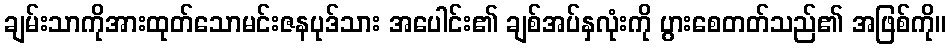
ချမ်းသာကိုအားထုတ်သောမင်းဇနပုဒ်သား အပေါင်း၏ ချစ်အပ်နှလုံးကို ပွားစေတတ်သည်၏ အဖြစ်ကို။